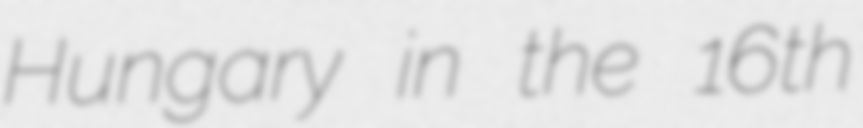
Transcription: Hungary in the 16th